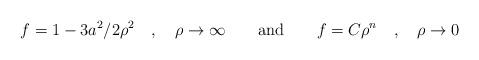
LaTeX: \begin{align*}f=1-3a^{2}/2\rho ^{2}\quad ,\quad \rho \rightarrow \infty \quad \quad \mbox{and}\quad \quad f=C\rho ^{n}\quad ,\quad \rho \rightarrow 0 \end{align*}